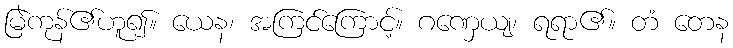
မြဲကုန်၏ဟူ၍။ ယေန၊ အကြင်ကြောင့်။ ဂဏှေယျ၊ ရရာ၏။ တံ တေန